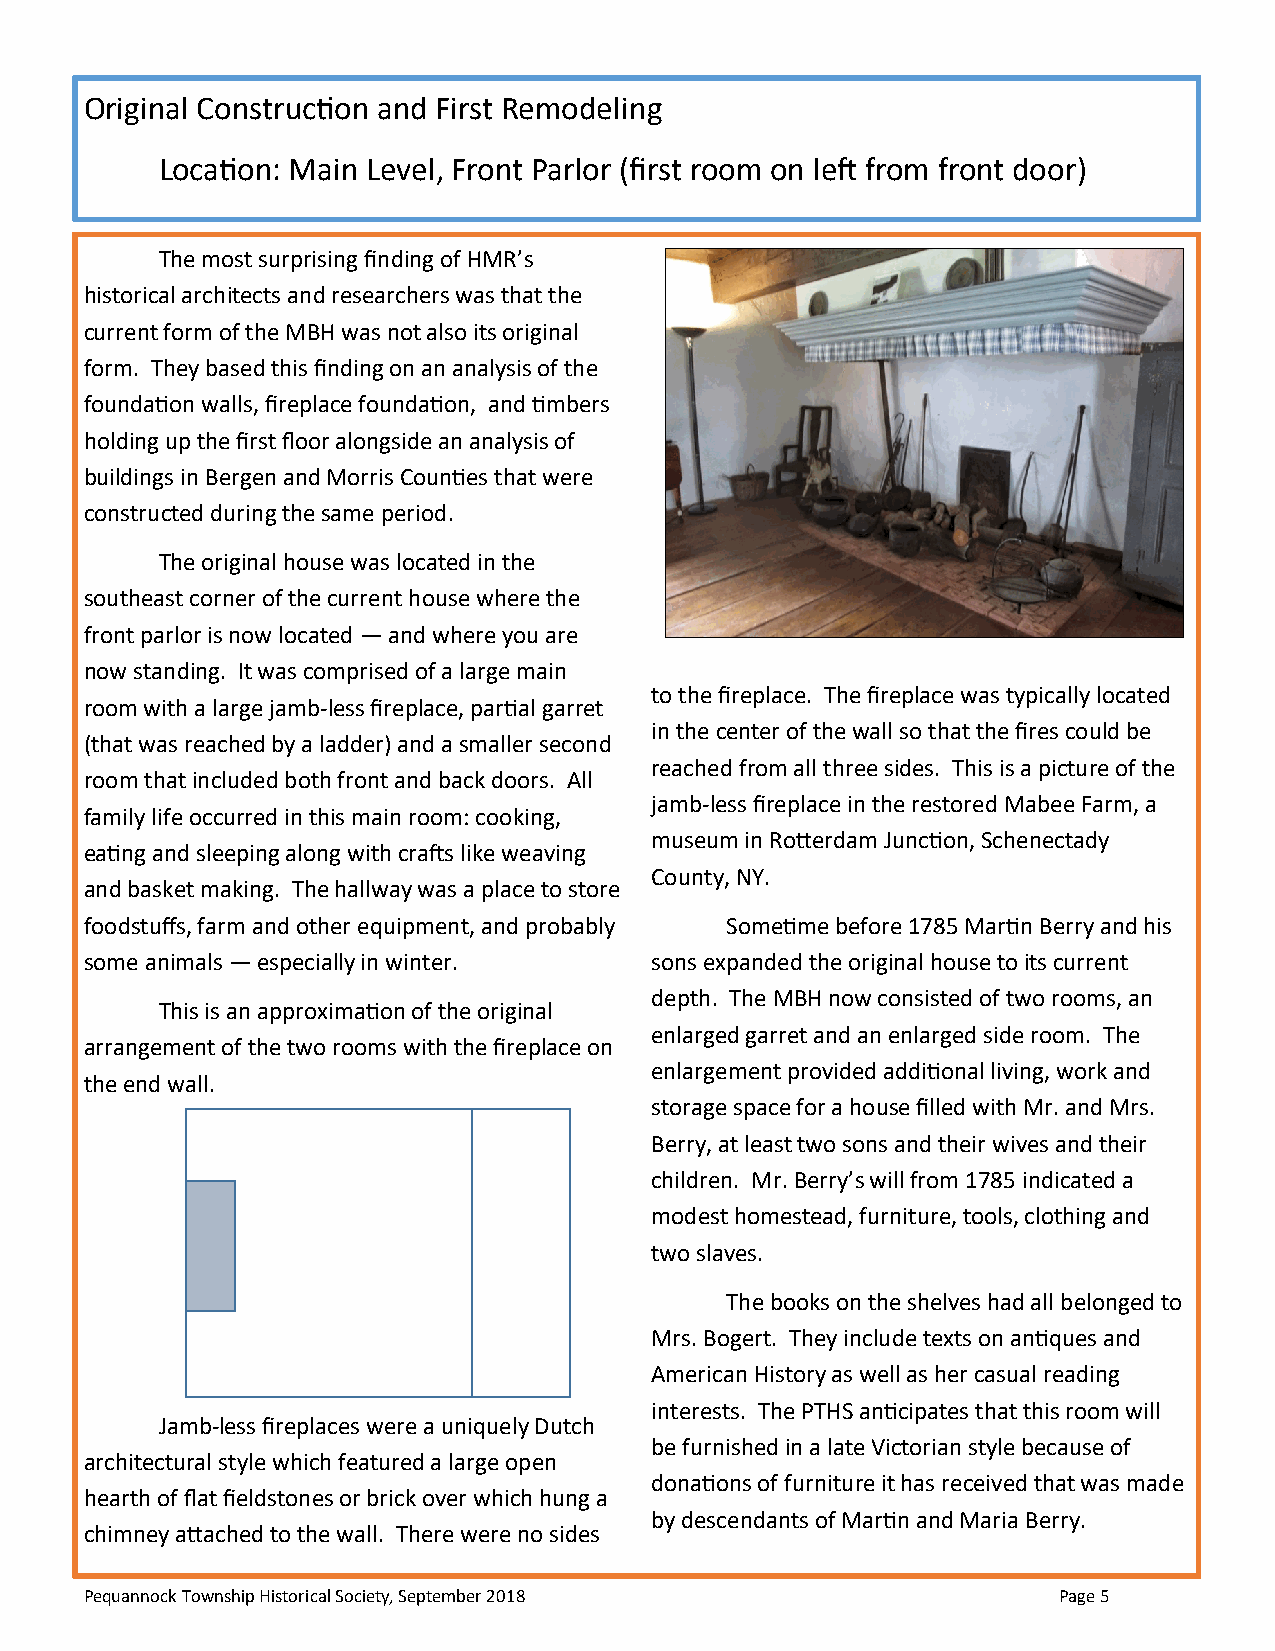
Original Construction and First Remodeling
 Location: Main Level, Front Parlor (first room on left from front door)
 The most surprising finding of HMR’s
 historical architects and researchers was that the
 current form of the MBH was not also its original
 form. They based this finding on an analysis of the
 foundation walls, fireplace foundation, and timbers
 holding up the first floor alongside an analysis of
 buildings in Bergen and Morris Counties that were
 constructed during the same period.
 The original house was located in the
 southeast corner of the current house where the
 front parlor is now located — and where you are
 now standing. It was comprised of a large main
 to the fireplace. The fireplace was typically located
 room with a large jamb-less fireplace, partial garret
 in the center of the wall so that the fires could be
 (that was reached by a ladder) and a smaller second
 reached from all three sides. This is a picture of the
 room that included both front and back doors. All
 jamb-less fireplace in the restored Mabee Farm, a
 family life occurred in this main room: cooking,
 museum in Rotterdam Junction, Schenectady
 eating and sleeping along with crafts like weaving
 County, NY.
 and basket making. The hallway was a place to store
 foodstuffs, farm and other equipment, and probably Sometime before 1785 Martin Berry and his
 some animals — especially in winter. sons expanded the original house to its current
 depth. The MBH now consisted of two rooms, an
 This is an approximation of the original
 enlarged garret and an enlarged side room. The
 arrangement of the two rooms with the fireplace on
 enlargement provided additional living, work and
 the end wall.
 storage space for a house filled with Mr. and Mrs.
 Berry, at least two sons and their wives and their
 children. Mr. Berry’s will from 1785 indicated a
 modest homestead, furniture, tools, clothing and
 two slaves.
 The books on the shelves had all belonged to
 Mrs. Bogert. They include texts on antiques and
 American History as well as her casual reading
 interests. The PTHS anticipates that this room will
 Jamb-less fireplaces were a uniquely Dutch
 be furnished in a late Victorian style because of
 architectural style which featured a large open
 donations of furniture it has received that was made
 hearth of flat fieldstones or brick over which hung a
 by descendants of Martin and Maria Berry.
 chimney attached to the wall. There were no sides
 Pequannock Township Historical Society, September 2018          Page 5